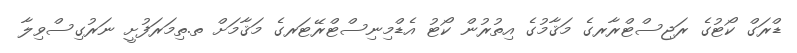
ޑްރަގް ކޯޓުގެ ރަޖިސްޓްރާރގެ މަޤާމުގެ އިތުރުން ކޯޓު އެޑްމިނިސްޓްރޭޓަރގެ މަޤާމަށް ތ.ތިމަރަފުށީ ނަރުގިސްވިލާ